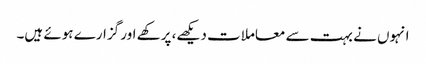
انہوں نے بہت سے معاملات دیکھے، پرکھے اور گزارے ہوئے ہیں۔